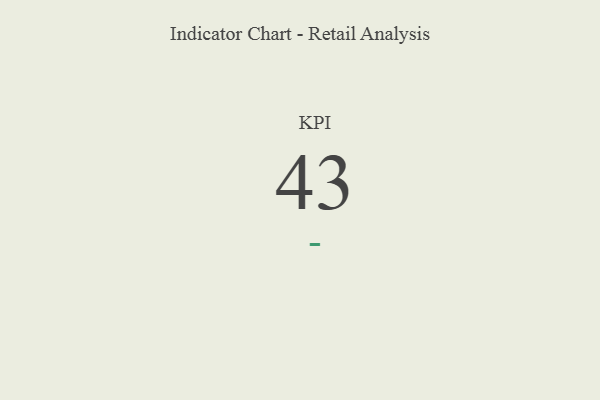
{"axis": {"x": "KPI", "y": "Value"}, "legend": [""], "data": [{"x": "KPI", "y": 43, "type": ""}]}